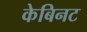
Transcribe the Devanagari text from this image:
केबिनट